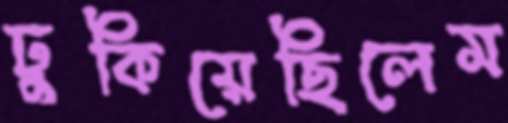
ঢুকিয়েছিলেম